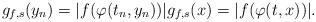
LaTeX: \begin{align*}g_{f,s}(y_n) = |f(\varphi(t_n,y_n))| g_{f,s}(x) =|f(\varphi(t,x))|.\end{align*}